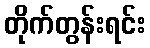
တိုက်တွန်းရင်း